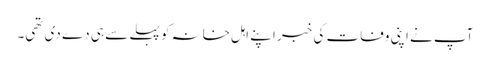
آپ نے اپنی وفات کی خبر اپنے اہل خانہ کو پہلے سے ہی دے دی تھی۔